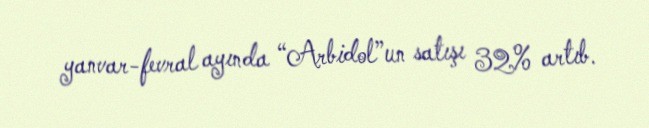
yanvar-fevral ayında “Arbidol”un satışı 32% artıb.